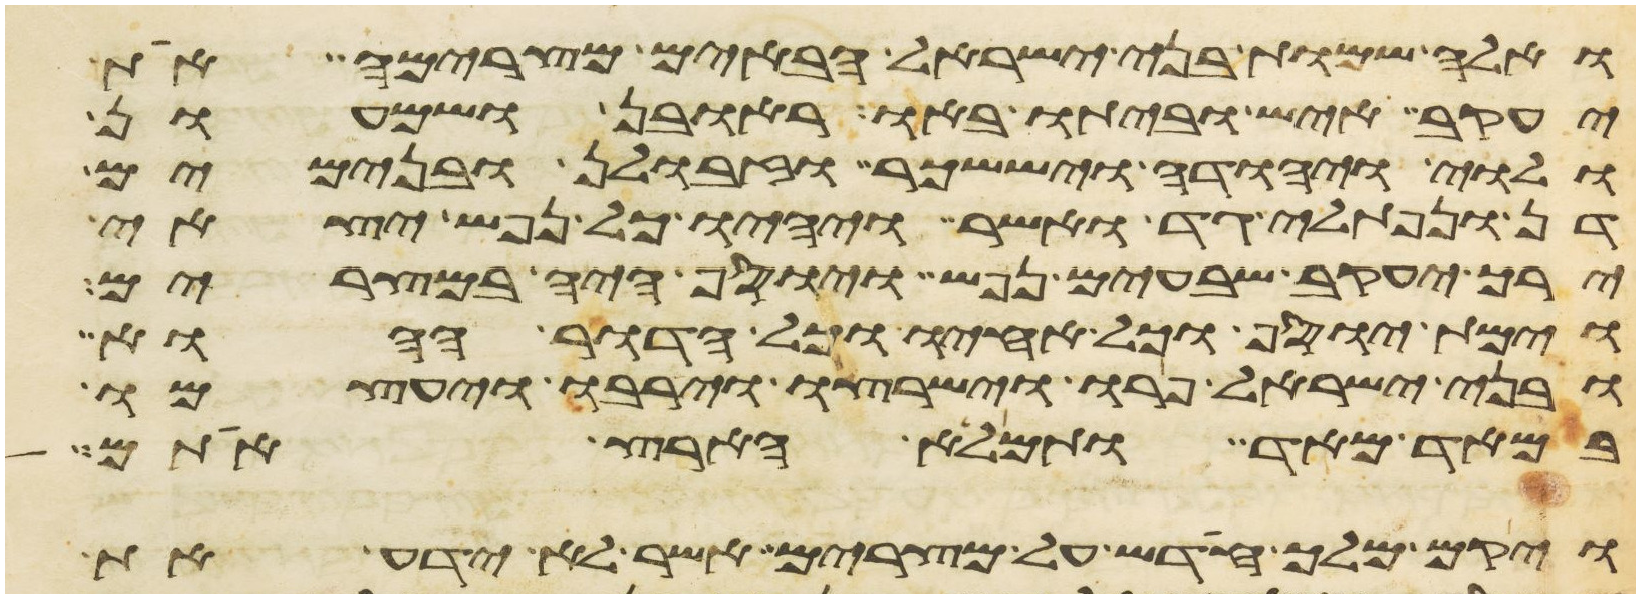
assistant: ואלה שמות בני ישראל הבאים מצרימה את
יעקב איש וביתו באו ראובן ושמעון
ולוי ויהודה ויששכר וזבולן ובנימים
דן ונפתלי גד ואשר ויהיו כל נפש יצאי
ירך יעקב שבעים נפש ויוסף היה במצרים
וימת יוסף וכל אחיו וכל הדור ההוא
ובני ישראל פרו וישרצו וירבו ויעצמו
במאד מאד ותמלא הארץ אתם
ויקם מלך חדש על מצרים אשר לא ידע את